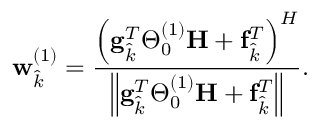
\mathbf { w } _ { \hat { k } } ^ { ( 1 ) } = \frac { \Bigl ( \mathbf { g } _ { \hat { k } } ^ { T } \boldsymbol { \Theta } _ { 0 } ^ { ( 1 ) } \mathbf { H } + \mathbf { f } _ { \hat { k } } ^ { T } \Bigr ) ^ { H } } { \Bigl \| \mathbf { g } _ { \hat { k } } ^ { T } \boldsymbol { \Theta } _ { 0 } ^ { ( 1 ) } \mathbf { H } + \mathbf { f } _ { \hat { k } } ^ { T } \Bigr \| } .